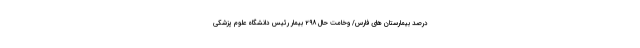
درصد بیمارستان ‌های فارس/ وخامت حال ۲۹۸ بیمار رئیس دانشگاه علوم پزشکی